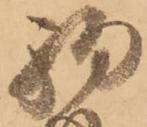
駒